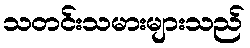
သတင်းသမားများသည်